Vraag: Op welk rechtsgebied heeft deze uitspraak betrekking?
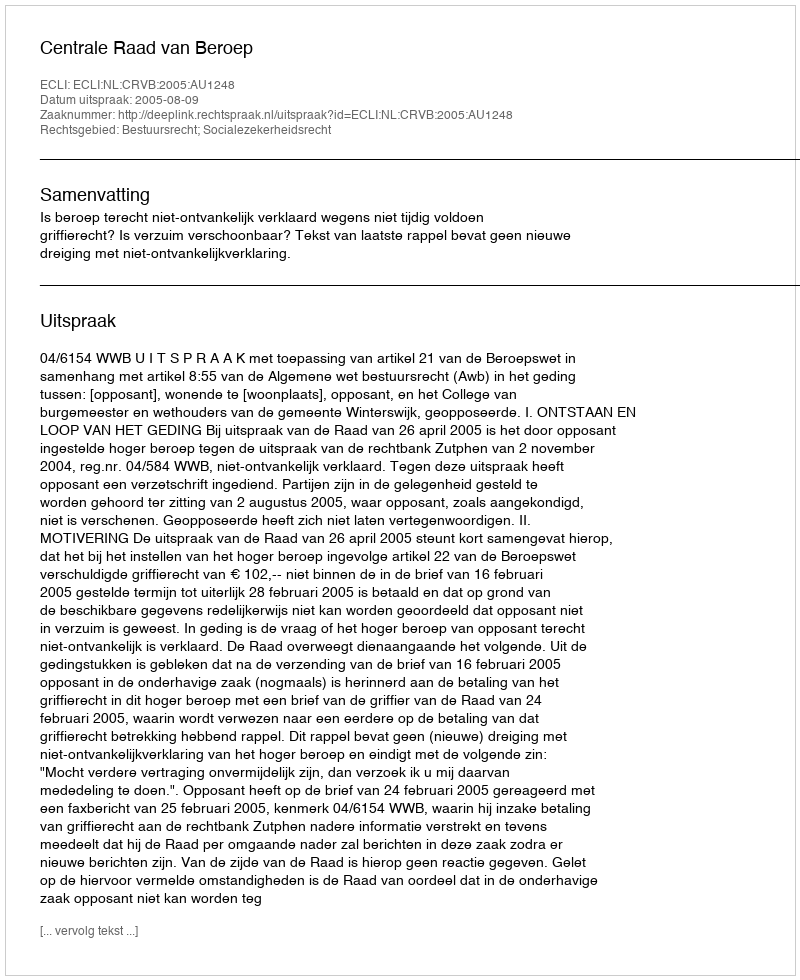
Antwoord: Bestuursrecht; Socialezekerheidsrecht